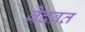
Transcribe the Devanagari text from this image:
वेदव्रत